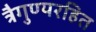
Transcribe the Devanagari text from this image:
त्रैगुण्यरहित